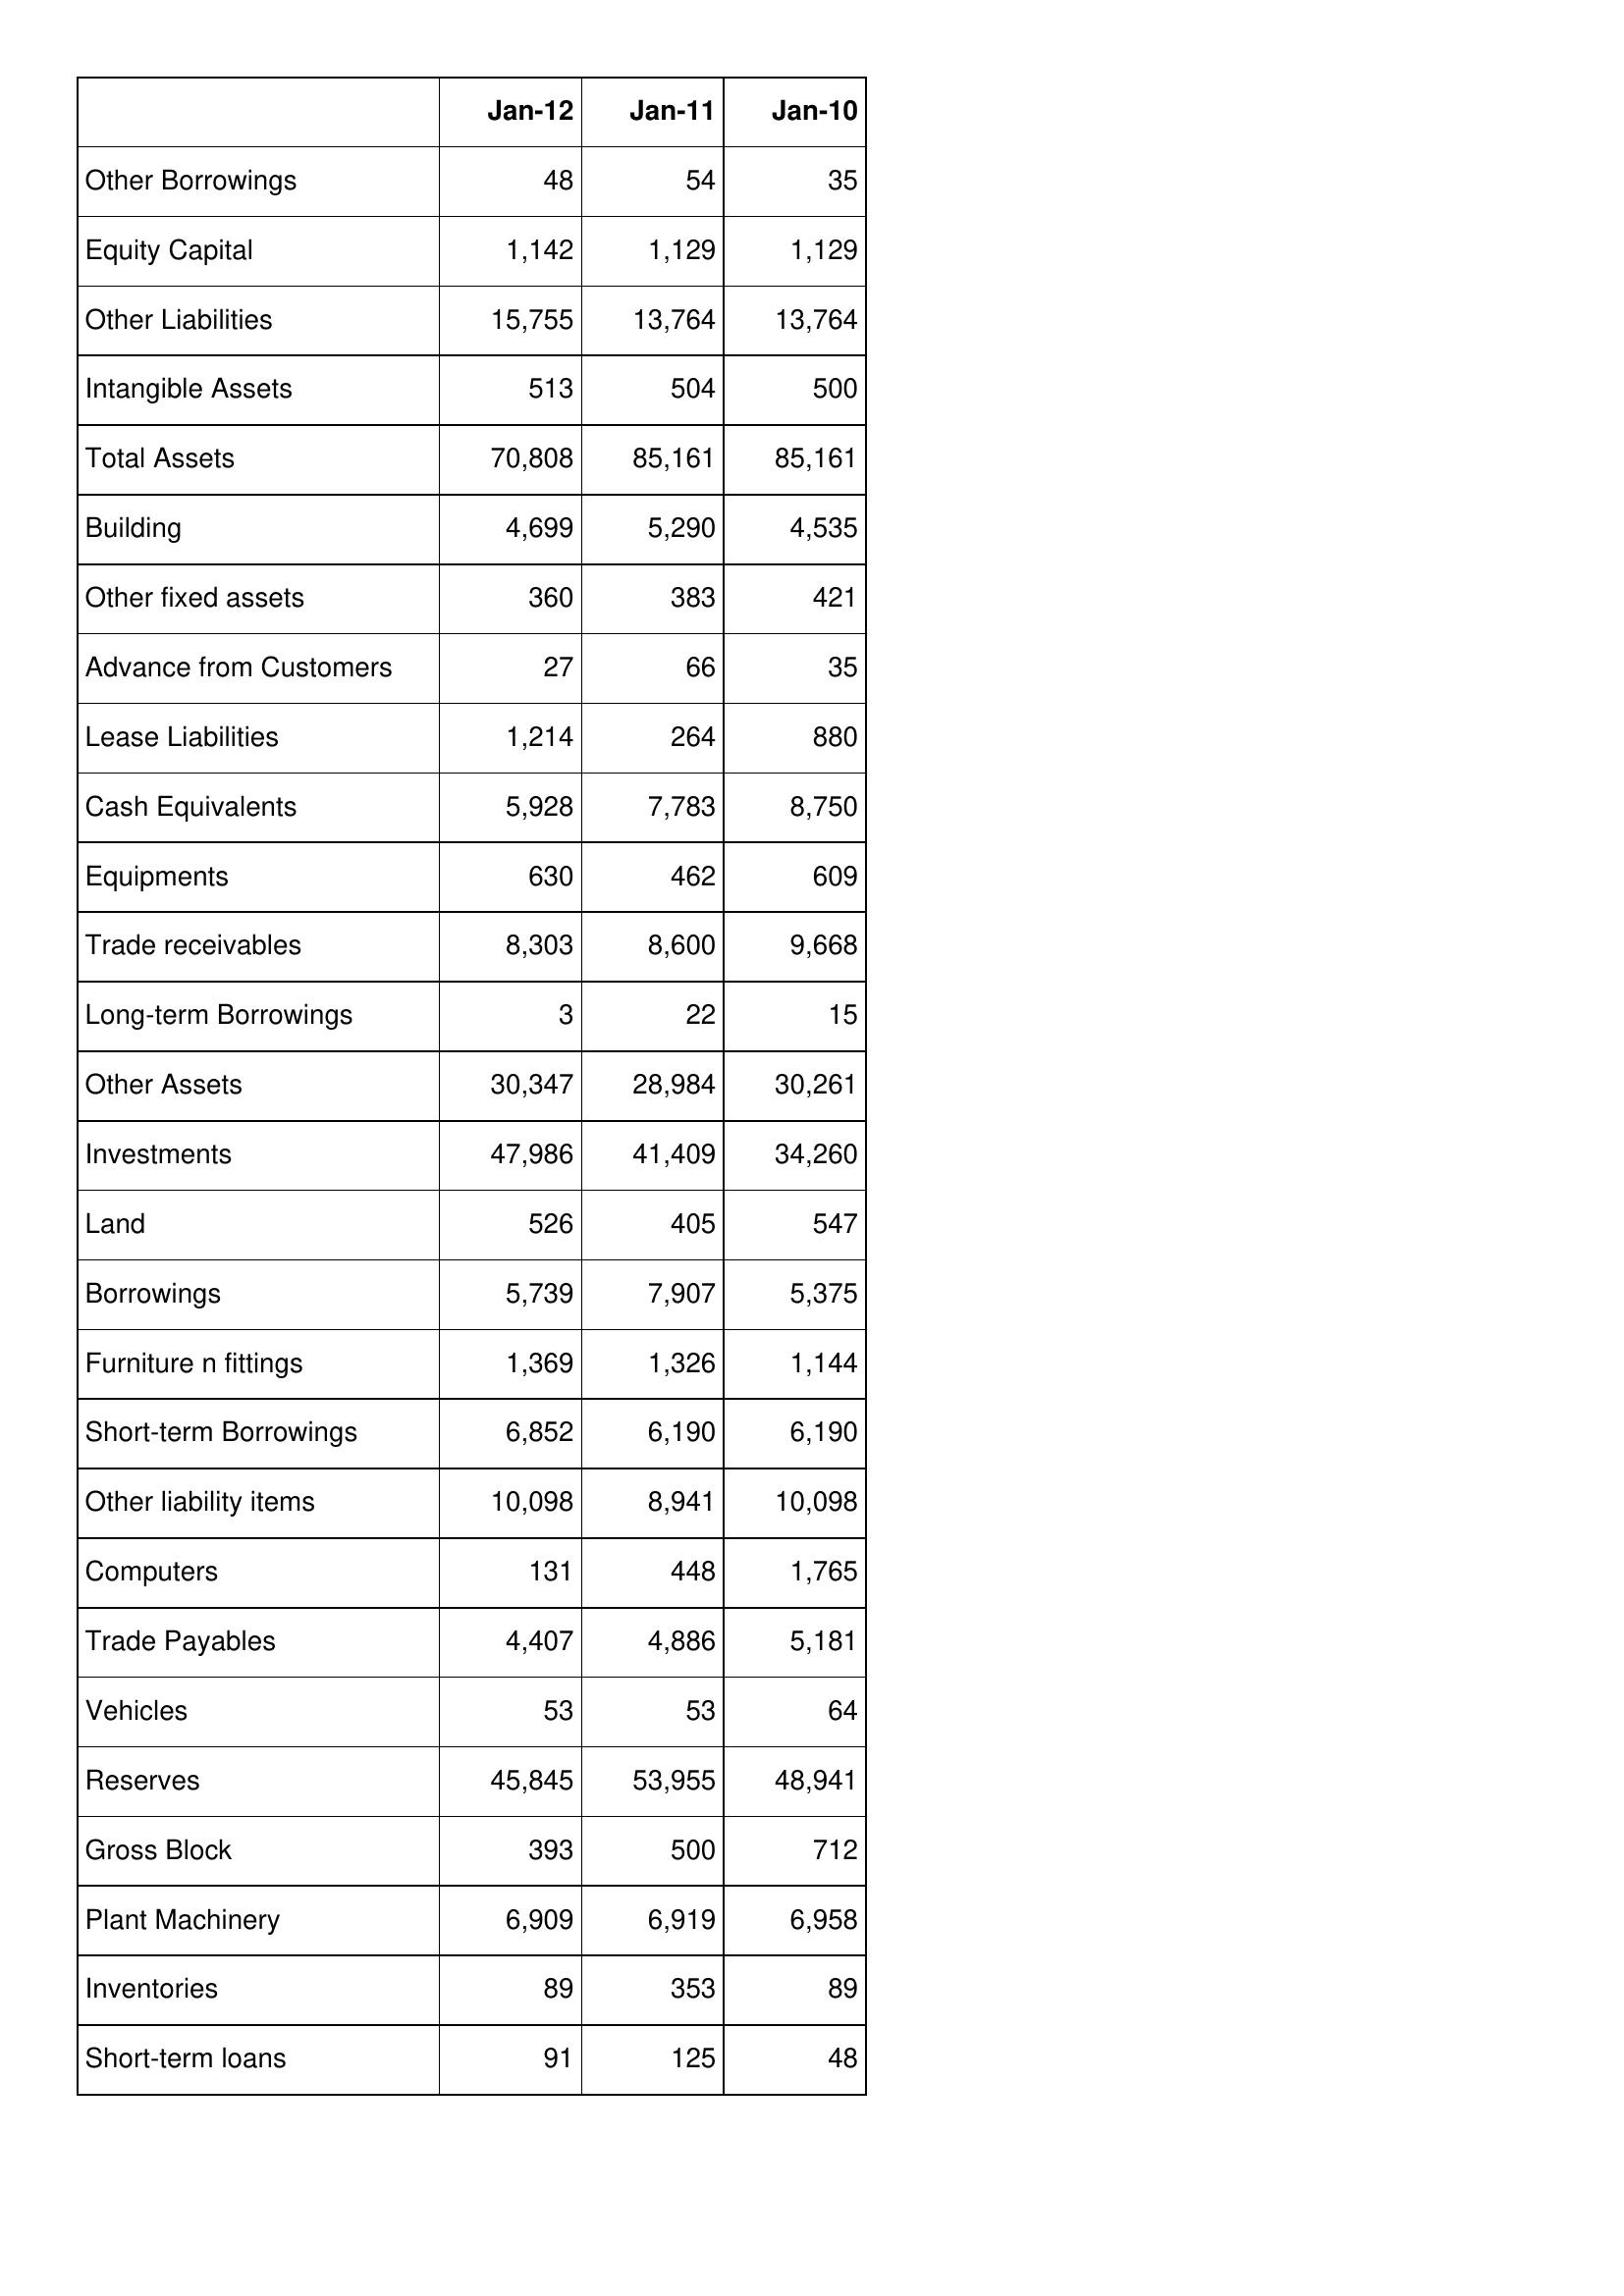
Jan-12: Balance Sheet: Other Borrowings: 48
Equity Capital: 1,142
Other Liabilities: 15,755
Intangible Assets: 513
Total Assets: 70,808
Building: 4,699
Other fixed assets: 360
Advance from Customers: 27
Lease Liabilities: 1,214
Cash Equivalents: 5,928
Equipments: 630
Trade receivables: 8,303
Long-term Borrowings: 3
Other Assets: 30,347
Investments: 47,986
Land: 526
Borrowings: 5,739
Furniture n fittings: 1,369
Short-term Borrowings: 6,852
Other liability items: 10,098
Computers: 131
Trade Payables: 4,407
Vehicles: 53
Reserves: 45,845
Gross Block: 393
Plant Machinery: 6,909
Inventories: 89
Short-term loans: 91
Jan-11: Balance Sheet: Other Borrowings: 54
Equity Capital: 1,129
Other Liabilities: 13,764
Intangible Assets: 504
Total Assets: 85,161
Building: 5,290
Other fixed assets: 383
Advance from Customers: 66
Lease Liabilities: 264
Cash Equivalents: 7,783
Equipments: 462
Trade receivables: 8,600
Long-term Borrowings: 22
Other Assets: 28,984
Investments: 41,409
Land: 405
Borrowings: 7,907
Furniture n fittings: 1,326
Short-term Borrowings: 6,190
Other liability items: 8,941
Computers: 448
Trade Payables: 4,886
Vehicles: 53
Reserves: 53,955
Gross Block: 500
Plant Machinery: 6,919
Inventories: 353
Short-term loans: 125
Jan-10: Balance Sheet: Other Borrowings: 35
Equity Capital: 1,129
Other Liabilities: 13,764
Intangible Assets: 500
Total Assets: 85,161
Building: 4,535
Other fixed assets: 421
Advance from Customers: 35
Lease Liabilities: 880
Cash Equivalents: 8,750
Equipments: 609
Trade receivables: 9,668
Long-term Borrowings: 15
Other Assets: 30,261
Investments: 34,260
Land: 547
Borrowings: 5,375
Furniture n fittings: 1,144
Short-term Borrowings: 6,190
Other liability items: 10,098
Computers: 1,765
Trade Payables: 5,181
Vehicles: 64
Reserves: 48,941
Gross Block: 712
Plant Machinery: 6,958
Inventories: 89
Short-term loans: 48